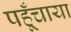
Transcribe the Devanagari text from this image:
पहूँचाया